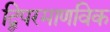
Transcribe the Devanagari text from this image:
द्विपरमाणविक